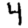
Digit: 4